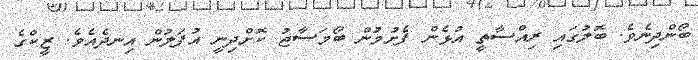
ބޯންދިނެވެ. ބޮލުގައި ރިއްސާތީ އުޅެން ފެށުމުން ބޯމަސާޖު ކޮށްދިނީ އުފަލުން އިނދެއެވެ. ޒީކްގެ